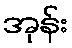
အုန်း